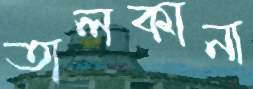
তালকানা